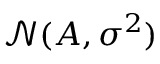
{ \mathcal { N } } ( A , \sigma ^ { 2 } )